Vital statistics of India. Vol. VI, European troops 1870-79
Year: 1870
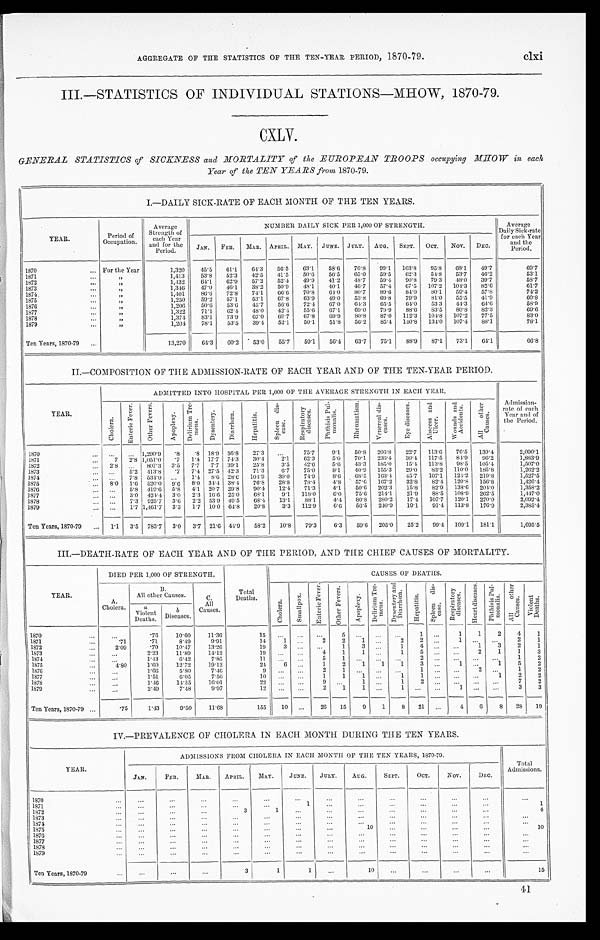
AGGREGATE OF THE STATISTICS OF THE TEN-YEAR PERIOD, 1870-79. clxi
III.—STATISTICS OF INDIVIDUAL STATIONS—MHOW, 1870-79.
CXLV.
GENERAL STATISTICS of SICKNESS and MORTALITY of the EUROPEAN TROOPS occupying MHOW in each
Year of the TEN YEARS from 1870-79.
I.—DAILY SICK-RATE OF EACH MONTH OF THE TEN YEARS.
YEAR.
Period of
Occupation.
Average
Strength of
each Year
and for the
Period.
NUMBER DAILY SICK PER 1,000 OF STRENGTH.
Average
Daily Sick-rate
for each Year
and the
Pe r i o d .
JAN. FEB. MAR. APRIL. MAY. JUNE. JULY. AUG. SEPT. OCT. Nov. DEC.
1870
For the Year
1,320 45.5 61.1 64.3 56.5 63.1 58.6 70.8 99.1 103.8 95.8 68.1 49.7
69. 7
1871
„
1,413 53.8 52.3 42.5 41.5 50.6 56.5 65.0 59.5 62.3 54.8 53.7 46.2
53.1
1872
„
1,432 64.1 62.9 57.2 52.4 49.9 41.2 48.7 59.4 90.8 79.3 48.0 39.7
58.7
1873
„
1 , 3 4 6 47.0 46.1 38.2 50.9 48.1 40.1 46.7 57.4 67.5 107.2 104.3 82.6
61.7
1874
„
1,401 86.6 72.8 74.1 66.6 70.8 64.0 80.7 89.6 84.0 80.1 59.4 57.8
74.2
1875
„
1,250 59.2 57.1 53.1 67.8 63.9 49.0 53.8 69.8 79.9 81.0 55.5 41.9
60. 8
1876
„
1,206 50.6 53.6 45.7 56.6 72.4 67.0 64.3 65.5 64.0 53.3 44.3 64.6
58. 9
1877
„
1,322 71.1 62.4 48.0 42.4 55.6 67.1 69.0 79.9 88.6 83.5 80.8 82.3
69.6
1878
„
1,374 83.1 73.9 67.0 69.7 67.8 69.9 80.8 87.0 112.3 104.8 107.2 77.5
83.0
1879
„
1,204 78.1 53.5 39.4 52.1 50.1 51.8 56.2 85.4 140.8 134.0 107.4 88.1
78.1
Ten Years, 1870-79
„
13,270 64.3 60.2 53.0 55.7 59.1 56.4 63.7 75.1 88.9 87.1 73.1 64.1
66.8
II.—COMPOSITION OF THE ADMISSION-RATE OF EACH YEAR AND OF THE TEN-YEAR PERIOD.
YEAR.
ADMITTED INTO HOSPITAL PER 1,000 OF THE AVERAGE STRENGTH IN EACH YEAR.
Admission-
rate of each
Year and of
the Period.
C h o l e r a .
E n t e r i c F e v e r .
O t h e r F e v e r s .
A p o p l e x y .
D e l i r i u m T r e -
m e n s . D y s e n t e r y . D i a r r h œ a .
H e p a t i t i s .
S p l e e n d i s -
e a s e s .
R e s p i r a t o r y d i s e a s e s .
P h t h i s i s P u l -
m o n a l i s .
R h e u m a t i s m . V e n e n r e a l d i s -
e a s e s .
E y e d i s e a s e s . A b s c e s s a n d
U l c e r .
W o u n d s a n d A c c i d e n t .
A l l o t h e r
C a u s e s .
1870
1,290.9 .8 .8 18.9 56.8 27.3
75.7 9.1 50.8 206.8 22.7 113.6 76.5 139.4
2, 090. 1
1871
7 2. 8 1,051.0 .7 1.4 17.7 74.3 30.4 2.1 62.3 5.0 70.1 236.4 30.4 117.5 84.9
9 6 . 2
1, 883. 9
1872
2.8
807.3 3.5 7.7 7.7 39.1 25.8 3.5 42.6 5.6 43.3 185.0 15.4 113.8 98. 5 105.4
1, 507. 0
1873
5.2 413.8 .7 7. 4 27.5 42.3 71.3 6.7 75.0 8.1
4 0 . 9 155.3 29.0 83.2 110.0 185.8
1, 262. 2
1874
7.8 534.0
1.4 8.6 28.6 104.9 30.0 74.9 8.6
6 8 . 5 163.4 45.7 107.1. 124.2 219.8
1,527.5
1875
8.0 1.6 520.0 9.6 8. 0 34.4 38.4 76.8 28.8 78.4 4.8 57.6 167.2 32.8 82.4 120.8 156.8
1, 426. 4
1876
5.8 419.6 5.8 4. 1 20.7 29.8 90.4 12.4 71.3 4.1 50.6 202.3 15.8 82.9 138.6 204.0
1,358.2
1 8 7 7
3.0 424.4 3.0 2. 3 16.6 25.0 68.1 9.1 118.0
6 . 0 75.6 214.1 21.9 88.5 108.9 262.5
1, 447. 0
1878
7.3 925.7 3.6 2.2 53.9 49.5 68.4 13.1 88.1 4.4 80.8 280.2 17.4 107.7 120.1 270.0
2,092.4
1879
1.7 1,461.7 3.3 1. 7 10.0 64.8 20.8 3.3 112.9 6.6 56.5 240.9 19.1 91.4 113.8 176.9
2,385.4
Ten Years, 1870-79
1.1 3.5 783.7 3.0 3. 7 21.6 44.9 58.2 10.8 79.3 6.3 59.6 205.0 25.2 99.4 109.1 181.1
1, 695. 5
III.—DEATH-RATE OF EACH YEAR AND OF THE PERIOD, AND THE CHIEF CAUSES OF MORTALITY.
YEAR.
DIED PER 1,000 OF STRENGTH.
CAUSES OF DEATHS.
A.
Cholera.
B.
All other Causes.
C.
All
Causes.
Total
Deaths.
C h o l e r a .
S m a l l p o x .
E n t e r i c F e v e r .
O t h e r F e v e r s . A p o p l e x y .
D e l i r i u m T r e -
m e n s . D y s e n t e r y a n d
D i a r r h œ a .
H e p a t i t i s .
S p l e e n d i s -
e a s e .
R e s p i r a t o r y d i s e a s e s .
H e a r t d i s e a s e s . P h t h i s i s P u l -
m o n a l i s . A l l o t h e r
Ca u s e s .
V i o l e n t
D e a t h s .
a
Violent
Deaths.
b
Diseases.
1870
.70 10.6
11.36
15
5
1
1 1 2
4 1
1871
.71
.71
8.49
9.91
14 1
2 2 1
2 2
1
2 1
1872
2.09
.70 10.47 13.26
19 3
1 3
1 4
1 3 2 1
1873
2.23 11.89 14.12
19
4 1 1
1
5
2 1 1 3
1874
1.43
6.42
7.85
1 1
5 1
2
1 2
1875
4.80
1.60 12.72 19.12
24
6
1 2 1
1 1 3
1
1 5 2
1876
1.66
5.80
7.46
9
2
1
1
2
1 2
1877
1.51
6.05
7.56
1 0
1 1 1
1
1
1 2 2
1878
1.46 14.55 16.01
2 2
9
1
1 2
7 2
1879
2.49
7.48
9.97
1 2
2
1 1
1
1
3 3
Ten Years, 1870-79
.75
1.43 9.50 11.68
155 10
26 15 9 1 8 21
4 6 8 28 19
IV.—PREVALENCE OF CHOLERA IN EACH MONTH DURING THE TEN YEARS.
YEAR.
ADMISSIONS FROM CHOLERA IN EACH MONTH OF THE TEN YEARS, 1870-79.
Total
Admissions.
J A N .
FEB.
M A R .
APRIL. MAY. JUNE. JULY. A U G .
SEPT. OCT. NOV.
DEC.
1870 1871
1
1
1872
3
1
4
1873 1874
.
1875
1 0
1 0
1876 1877 1878 1879
Ten Years, 1870-79
3
1
1
10
15
41